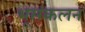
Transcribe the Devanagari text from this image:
भूसंकलन